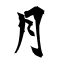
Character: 月